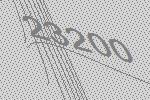
23200